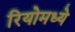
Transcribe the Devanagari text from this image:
रियोमध्ये